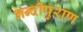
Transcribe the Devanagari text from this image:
नन्दीपुराण